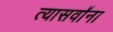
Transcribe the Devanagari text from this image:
त्यासर्वांना